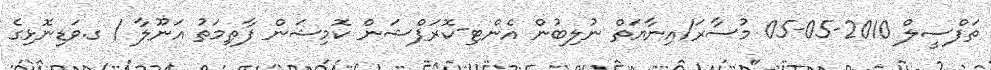
ތަފްސީލް 2010-05-05 މުސާރަ/އިނާޔަތް ނުލިބުން އެންޓި-ކޮރަޕްޝަން ކޮމިޝަން ފާޠިމަތު އަނޫލާ / ގ.ވަޑިނޮޅިގެ